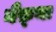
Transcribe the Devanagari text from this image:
नैफ़्था